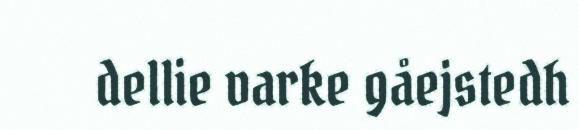
dellie varke gåejstedh